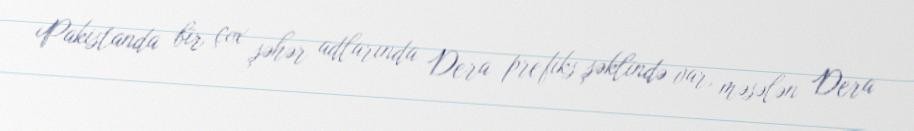
Pakistanda bir çox şəhər adlarında Dera prefiks şəklində var, məsələn Dera